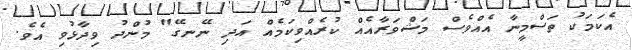
އެކަމަކު ތަސްމީނާ އެއްވެސް މަޝްވަރާއެއް ކުރެއްވިކަމެއް އަދި ނޭނގޭ" މުންދު ވިދާޅުވި އެވެ.